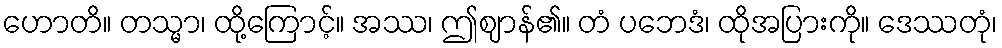
ဟောတိ။ တသ္မာ၊ ထို့ကြောင့်။ အဿ၊ ဤဈာန်၏။ တံ ပဘေဒံ၊ ထိုအပြားကို။ ဒေဿတုံ၊